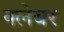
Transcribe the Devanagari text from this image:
क्लेबर